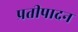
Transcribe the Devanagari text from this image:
प्रतीपादन